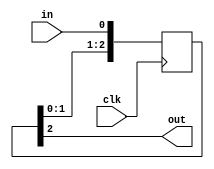
module sync #( parameter SYNC_BITS = 3) (
	input clk,
	input in,
	output out
);
	localparam SYNC_MSB = SYNC_BITS - 1;
	
	reg [SYNC_MSB : 0] sync_buffer;
	
	assign out = sync_buffer[SYNC_MSB];
	
	always @(posedge clk) begin
		sync_buffer[SYNC_MSB : 0] <= {sync_buffer[SYNC_MSB-1 : 0], in};
	end
endmodule